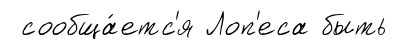
сообща́етс'я Лоп'еса быть